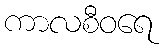
ကာလစီဝရေ